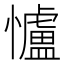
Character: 𢥈